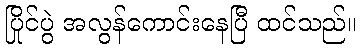
ပြိုင်ပွဲ အလွန်ကောင်းနေပြီ ထင်သည်။